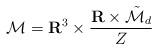
LaTeX: \begin{align*}{\cal M}={\bf R}^3\times\frac{{\bf R}\times\tilde{\cal M}_d}{Z}\end{align*}